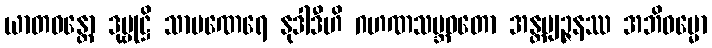
ယာတဝန္တော ဒုဗ္ဗုဋ္ဌိ သာမဏေရေ နုဒါဒီဟိ ဂဟဏသမ္ဘဝတော အန္တဗျဉ္ဇနဿ အဘိဓမ္မော